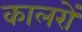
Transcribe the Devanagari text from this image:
कालरों